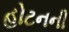
હોટનની